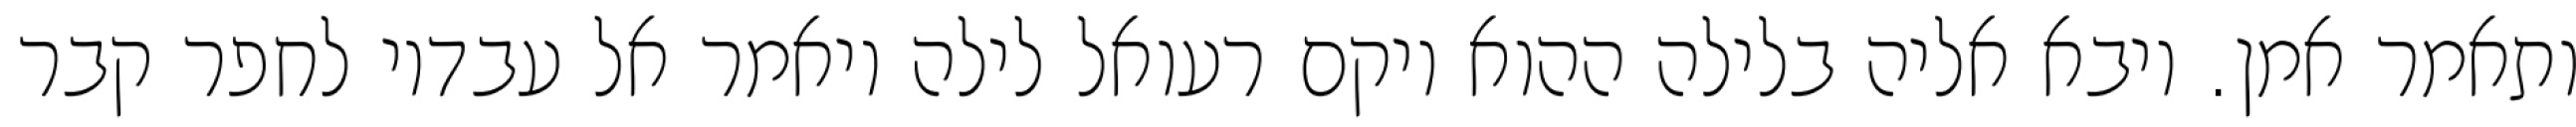
ותאמר אמן. ויבא אליה בלילה ההוא ויקם רעואל לילה ויאמר אל עבדיו לחפר קבר